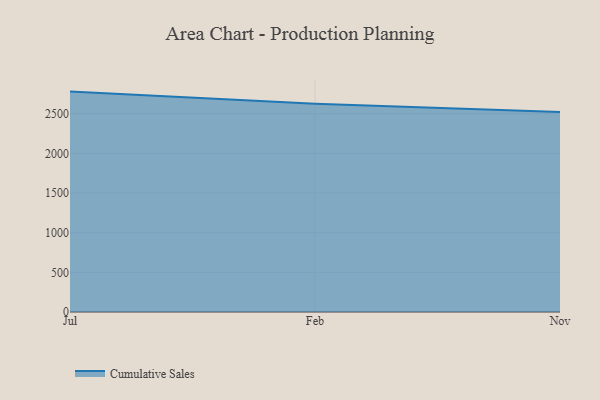
{"axis": {"x": "Month", "y": "Latency (ms)"}, "legend": ["Cumulative Sales"], "data": [{"x": "Jul", "y": 2778.6, "type": "Cumulative Sales"}, {"x": "Feb", "y": 2625.2, "type": "Cumulative Sales"}, {"x": "Nov", "y": 2521.3, "type": "Cumulative Sales"}]}